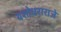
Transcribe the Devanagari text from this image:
यशोधराराजे